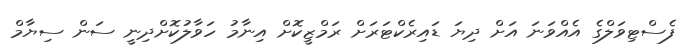
ފެސްޓިވަލްގެ އެއްވަނަ އަށް ދިޔަ ޑައިރެކްޓަރަށް ރަމްޒީކޮށް އިނާމު ހަވާލުކޮށްދިނީ ސަން ސިޔާމް